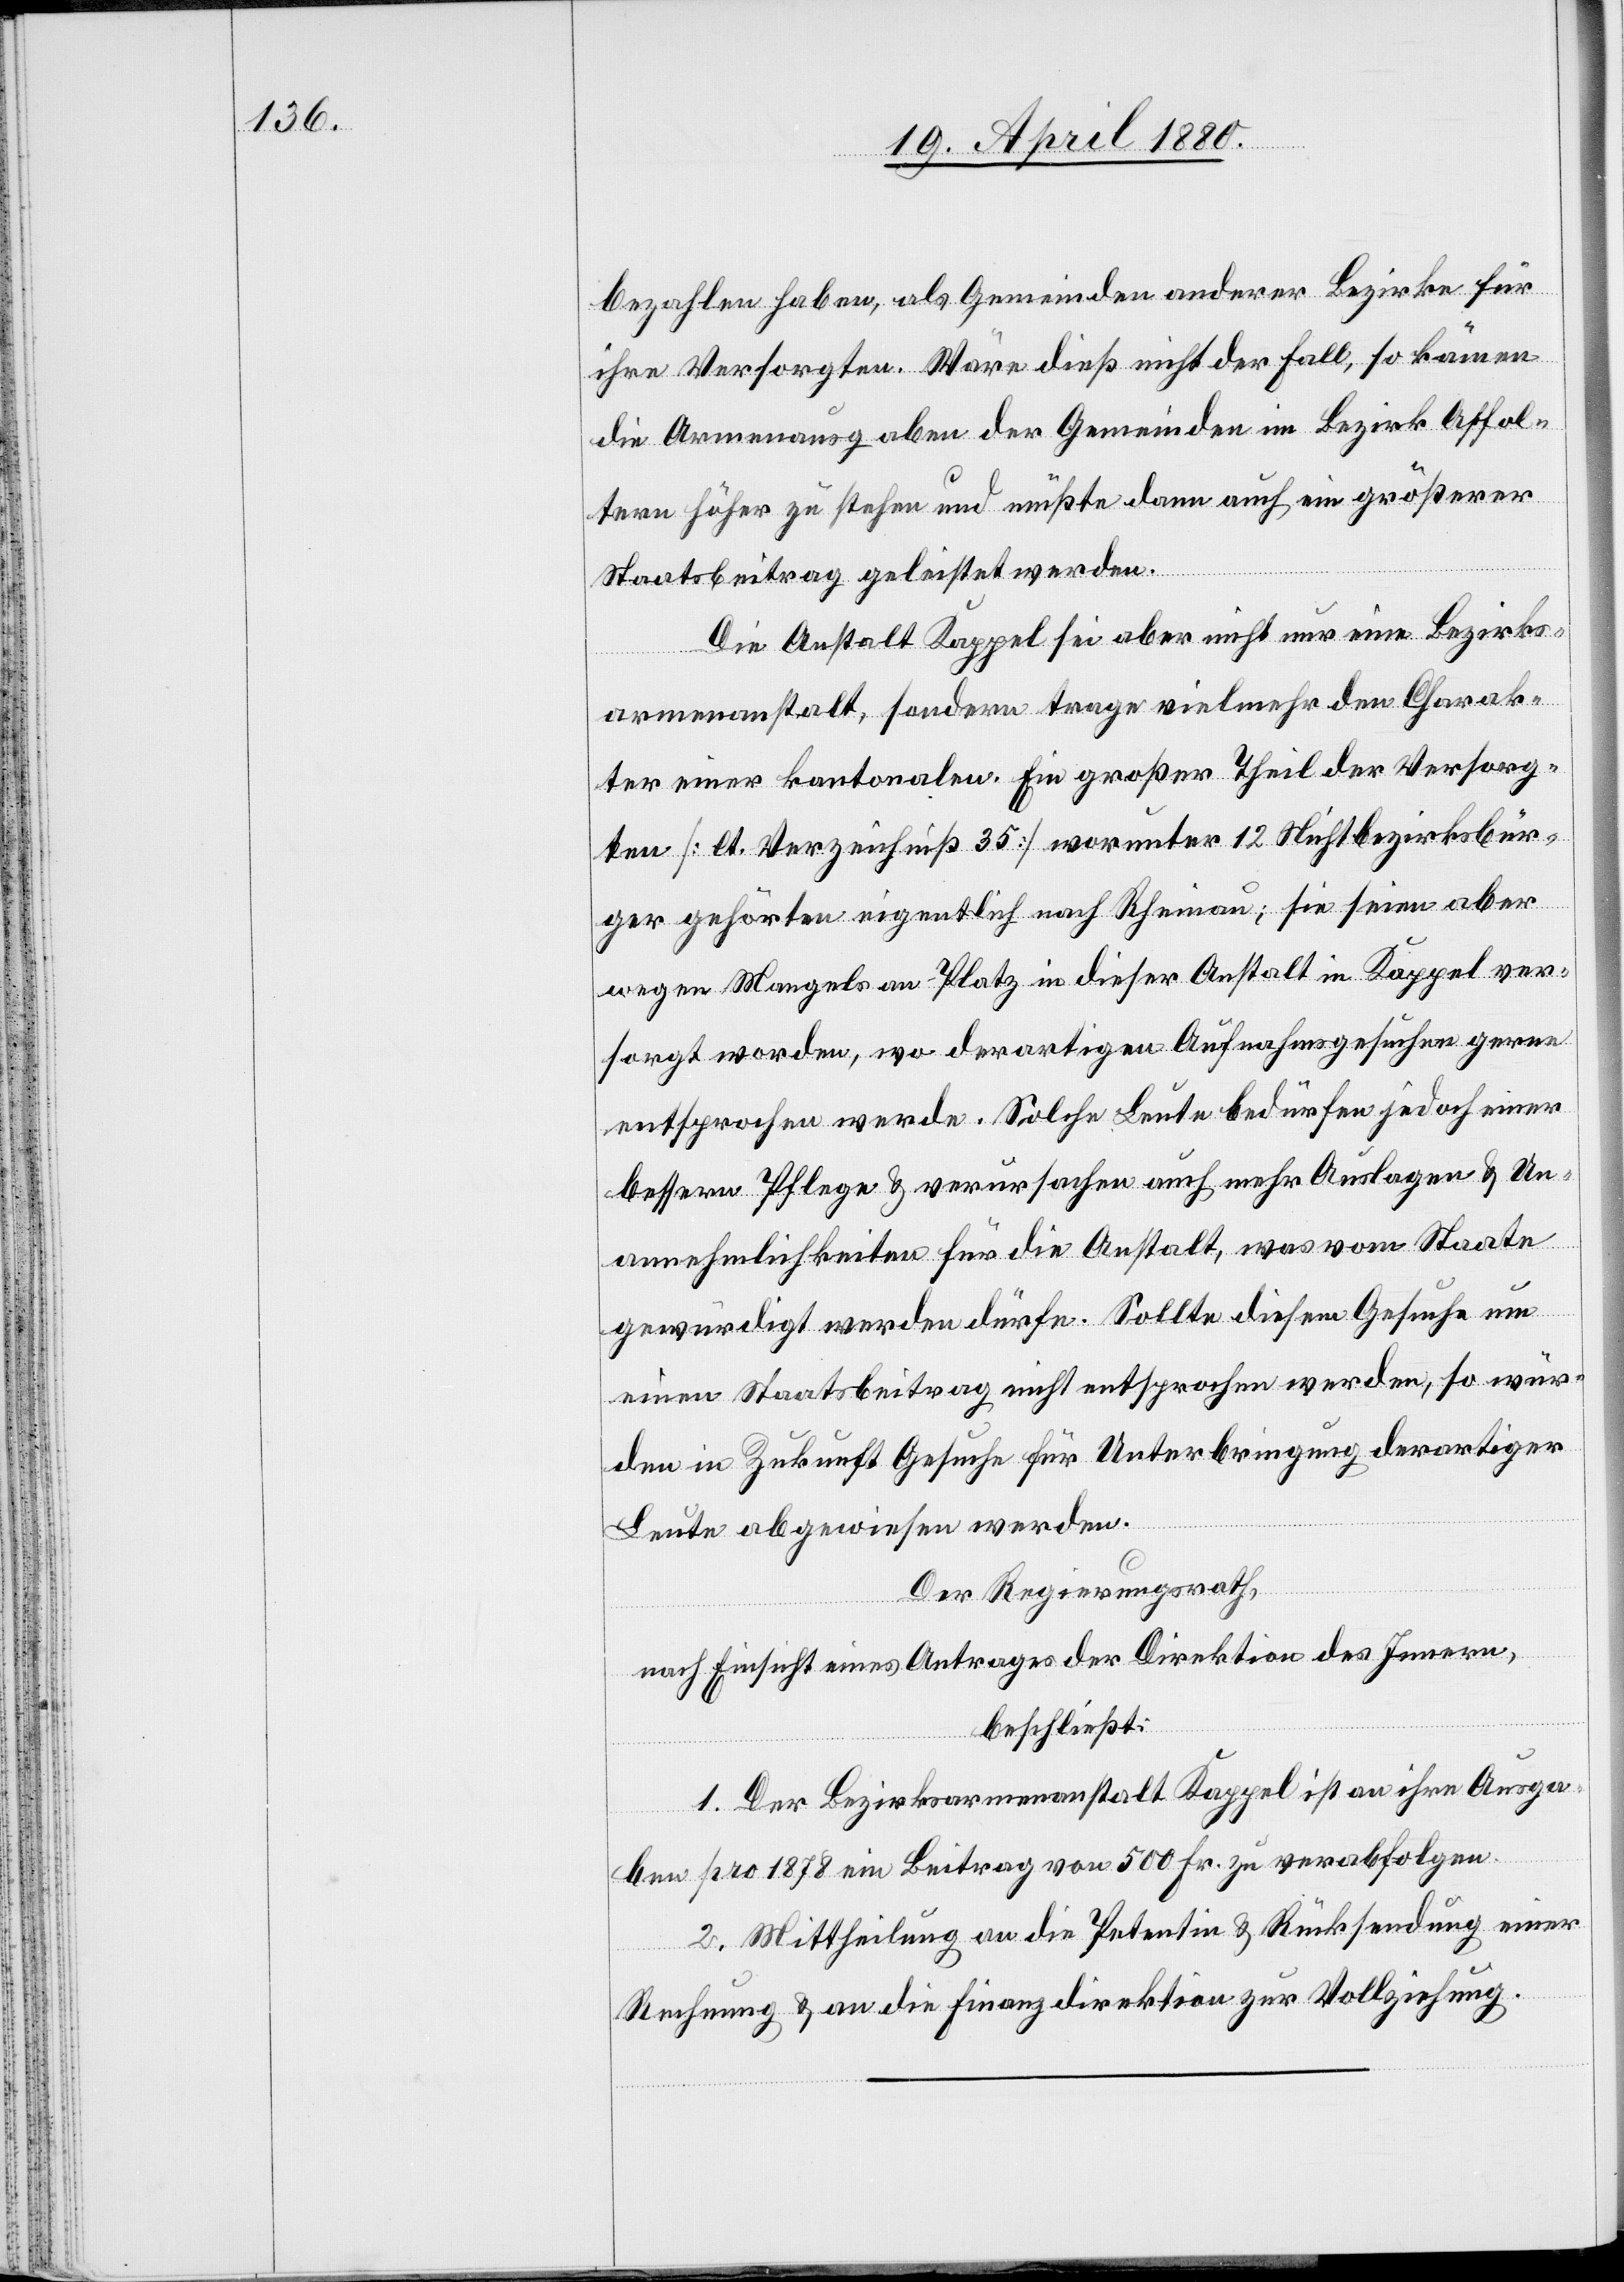
bezahlen haben, als Gemeinden anderer Bezirke für
ihre Versorgten. Wäre dieß nicht der Fall, so kämen
die Armenausgaben der Gemeinden im Bezirk Affol¬
tern höher zu stehen und müßte dann auch ein größerer
Staatsbeitrag geleistet werden.
Die Anstalt Kappel sei aber nicht nur eine Bezirks¬
armenanstalt, sondern trage vielmehr den Charak¬
ter einer kantonalen. Ein größer Theil der Versorg¬
ten [lt. Verzeichniß 35] worunter 12 Nichtbezirksbür¬
ger gehörten eigentlich nach Rheinau; sie seien aber
wegen Mangels an Platz in dieser Anstalt in Kappel ver¬
sorgt worden, wo derartigen Aufnahmsgesuchen gerne
entsprochen werde. Solche Leute bedürfen jedoch einer
bessern Pflege & verursachen auch mehr Auslagen & Un¬
annehmlichkeiten für die Anstalt, was vom Staate
gewürdigt werden dürfe. Sollte diesem Gesuche um
einen Staatsbeitrag nicht entsprochen werden, so wür¬
den in Zukunft Gesuche für Unterbringung derartiger
Leute abgewiesen werden.
Der Regierungsrath,
nach Einsicht eines Antrages der Direktion des Innern,
beschließt:
1. Der Bezirksarmenanstalt Kappel ist an ihre Ausga¬
ben pro 1878 ein Beitrag von 500 Fr. zu verabfolgen.
2. Mittheilung an die Petentin & Rücksendung einer
Rechnung & an die Finanzdirektion zur Vollziehung.